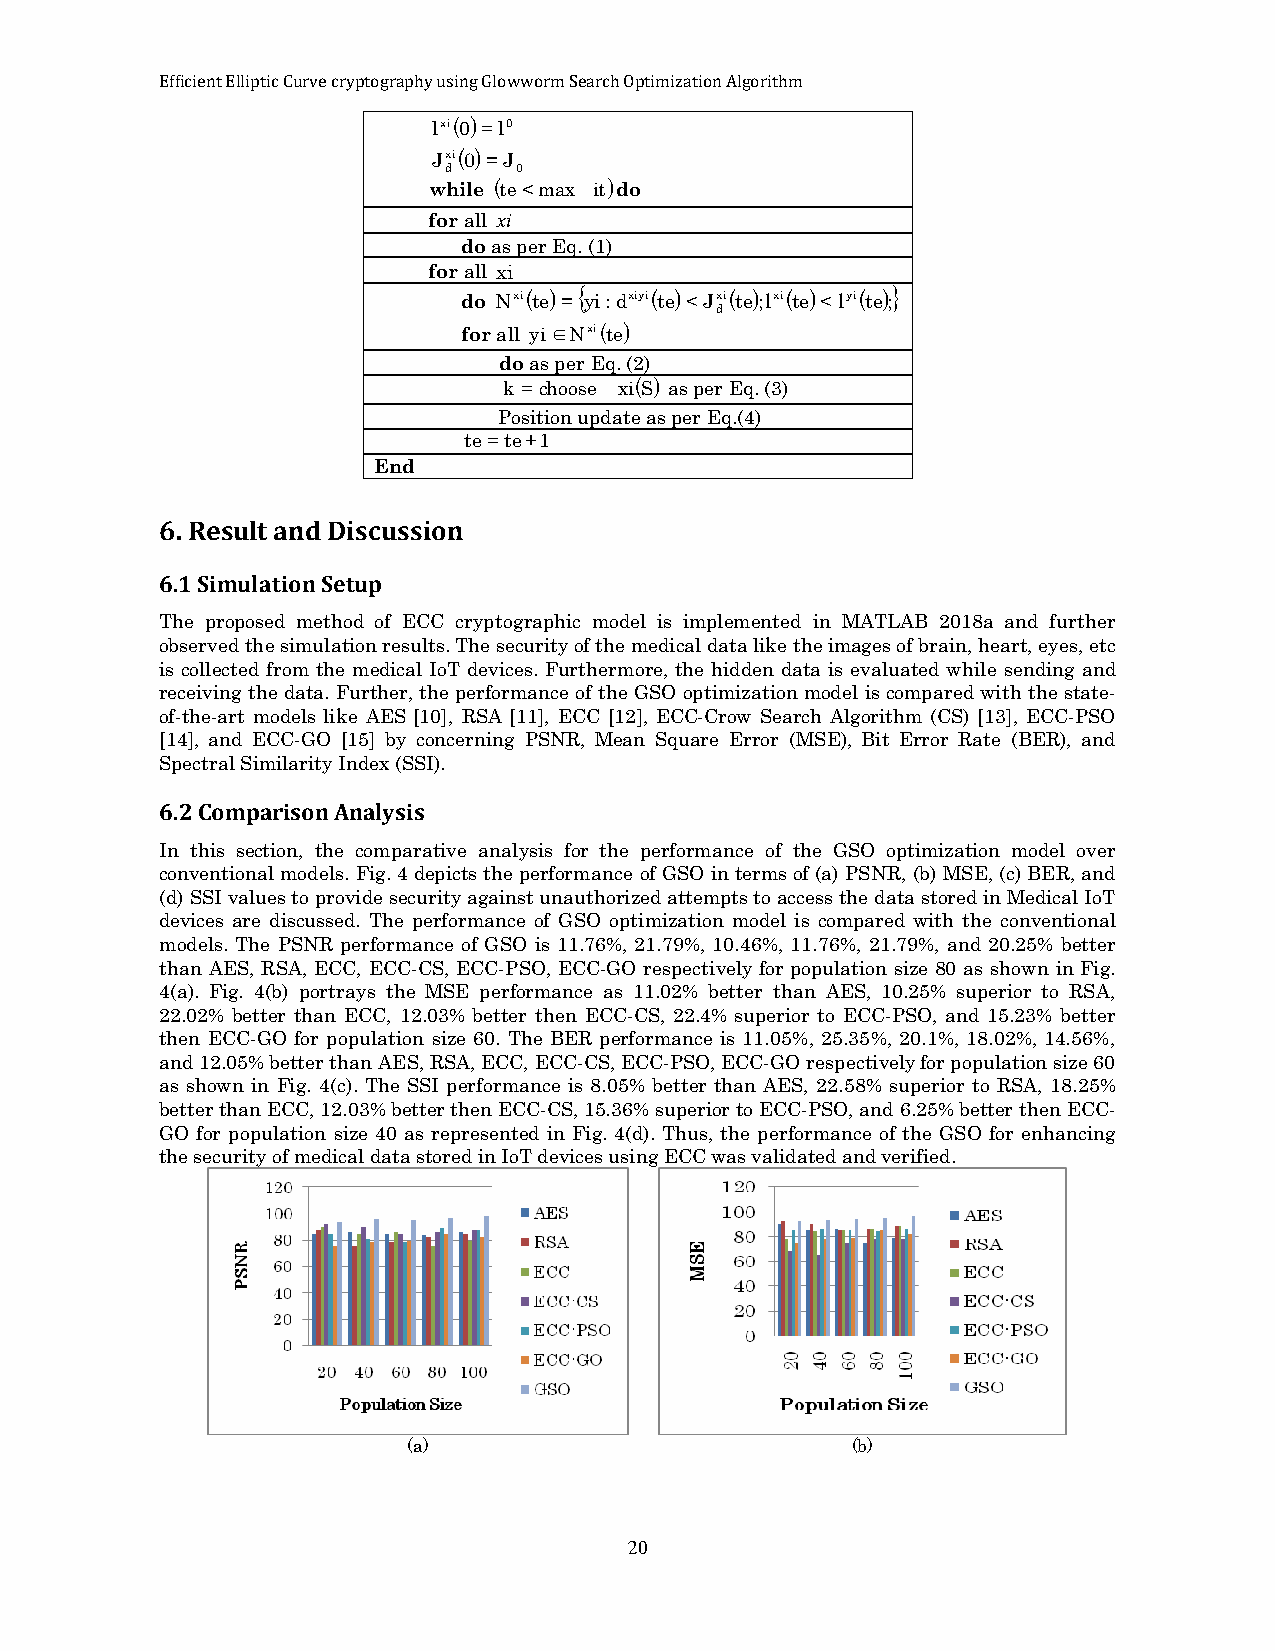
Efficient Elliptic Curve cryptography using Glowworm Search Optimization Algorithm
 lxi(0)=l0
 Jxi(0)=J
 d    0
 while (te<max it)do
 for all xi
 do as per Eq. (1)
 for all xi
 do
 Nxi(te)={ yi:dxiyi(te)<Jxi(te);lxi(te)<lyi(te);}
 d
 for all yi∈Nxi(te)
 do as per Eq. (2)
 k =choose xi(S) as per Eq. (3)
 Position update as per Eq.(4)
 te=te+1
 End
 6. Result and Discussion
 6.1 Simulation Setup
 The proposed method of ECC cryptographic model is implemented in MATLAB 2018a and further
 observed the simulation results. The security of the medical data like the images of brain, heart, eyes, etc
 is collected from the medical IoT devices. Furthermore, the hidden data is evaluated while sending and
 receiving the data. Further, the performance of the GSO optimization model is compared with the state-
 of-the-art models like AES [10], RSA [11], ECC [12], ECC-Crow Search Algorithm (CS) [13], ECC-PSO
 [14], and ECC-GO [15] by concerning PSNR, Mean Square Error (MSE), Bit Error Rate (BER), and
 Spectral Similarity Index (SSI).
 6.2 Comparison Analysis
 In this section, the comparative analysis for the performance of the GSO optimization model over
 conventional models. Fig. 4 depicts the performance of GSO in terms of (a) PSNR, (b) MSE, (c) BER, and
 (d) SSI values to provide security against unauthorized attempts to access the data stored in Medical IoT
 devices are discussed. The performance of GSO optimization model is compared with the conventional
 models. The PSNR performance of GSO is 11.76%, 21.79%, 10.46%, 11.76%, 21.79%, and 20.25% better
 than AES, RSA, ECC, ECC-CS, ECC-PSO, ECC-GO respectively for population size 80 as shown in Fig.
 4(a). Fig. 4(b) portrays the MSE performance as 11.02% better than AES, 10.25% superior to RSA,
 22.02% better than ECC, 12.03% better then ECC-CS, 22.4% superior to ECC-PSO, and 15.23% better
 then ECC-GO for population size 60. The BER performance is 11.05%, 25.35%, 20.1%, 18.02%, 14.56%,
 and 12.05% better than AES, RSA, ECC, ECC-CS, ECC-PSO, ECC-GO respectively for population size 60
 as shown in Fig. 4(c). The SSI performance is 8.05% better than AES, 22.58% superior to RSA, 18.25%
 better than ECC, 12.03% better then ECC-CS, 15.36% superior to ECC-PSO, and 6.25% better then ECC-
 GO for population size 40 as represented in Fig. 4(d). Thus, the performance of the GSO for enhancing
 the security of medical data stored in IoT devices using ECC was validated and verified.
 (a)                          (b)
 20